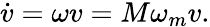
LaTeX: \dot{v}=\omega v=M\omega_{m}v.